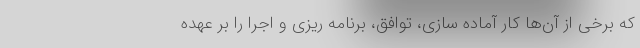
که برخی از آن‌ها کار آماده سازی، توافق، برنامه ریزی و اجرا را بر عهده